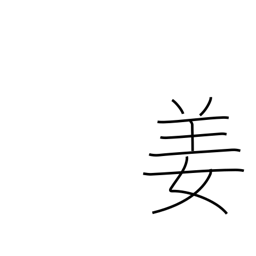
Meaning: Chinese surname